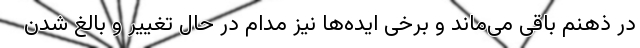
در ذهنم باقی می‌ماند و برخی ایده‌ها نیز مدام در حال تغییر و بالغ شدن